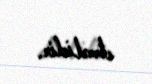
etməlidir.